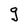
Character: g